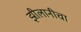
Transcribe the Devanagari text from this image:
झीलानीचा